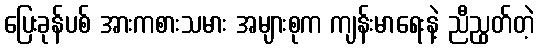
ပြေးခုန်ပစ် အားကစားသမား အများစုက ကျန်းမာရေးနဲ့ ညီညွတ်တဲ့